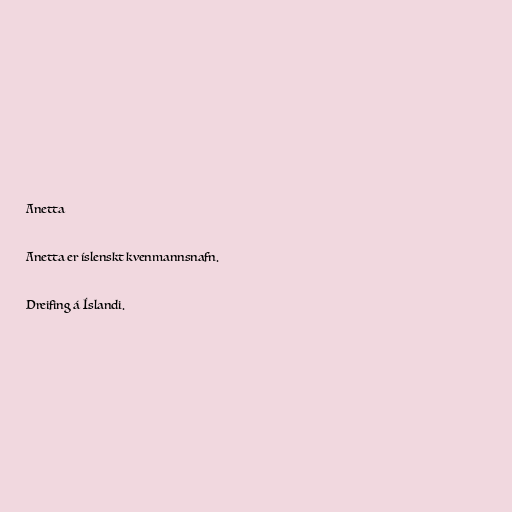
Anetta

Anetta er íslenskt kvenmannsnafn.

Dreifing á Íslandi.